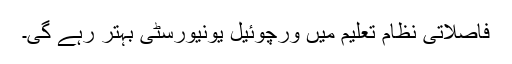
فاصلاتی نظام تعلیم میں ورچوئیل یونیورسٹی بہتر رہے گی۔